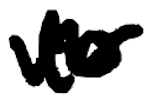
Text: to
Cross-out: wave
Writing tool: digital_black